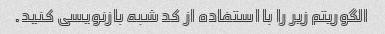
الگوریتم زیر را با استفاده از کد شبه بازنویسی کنید.